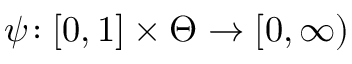
\psi \! : [ 0 , 1 ] \times \Theta \rightarrow [ 0 , \infty )